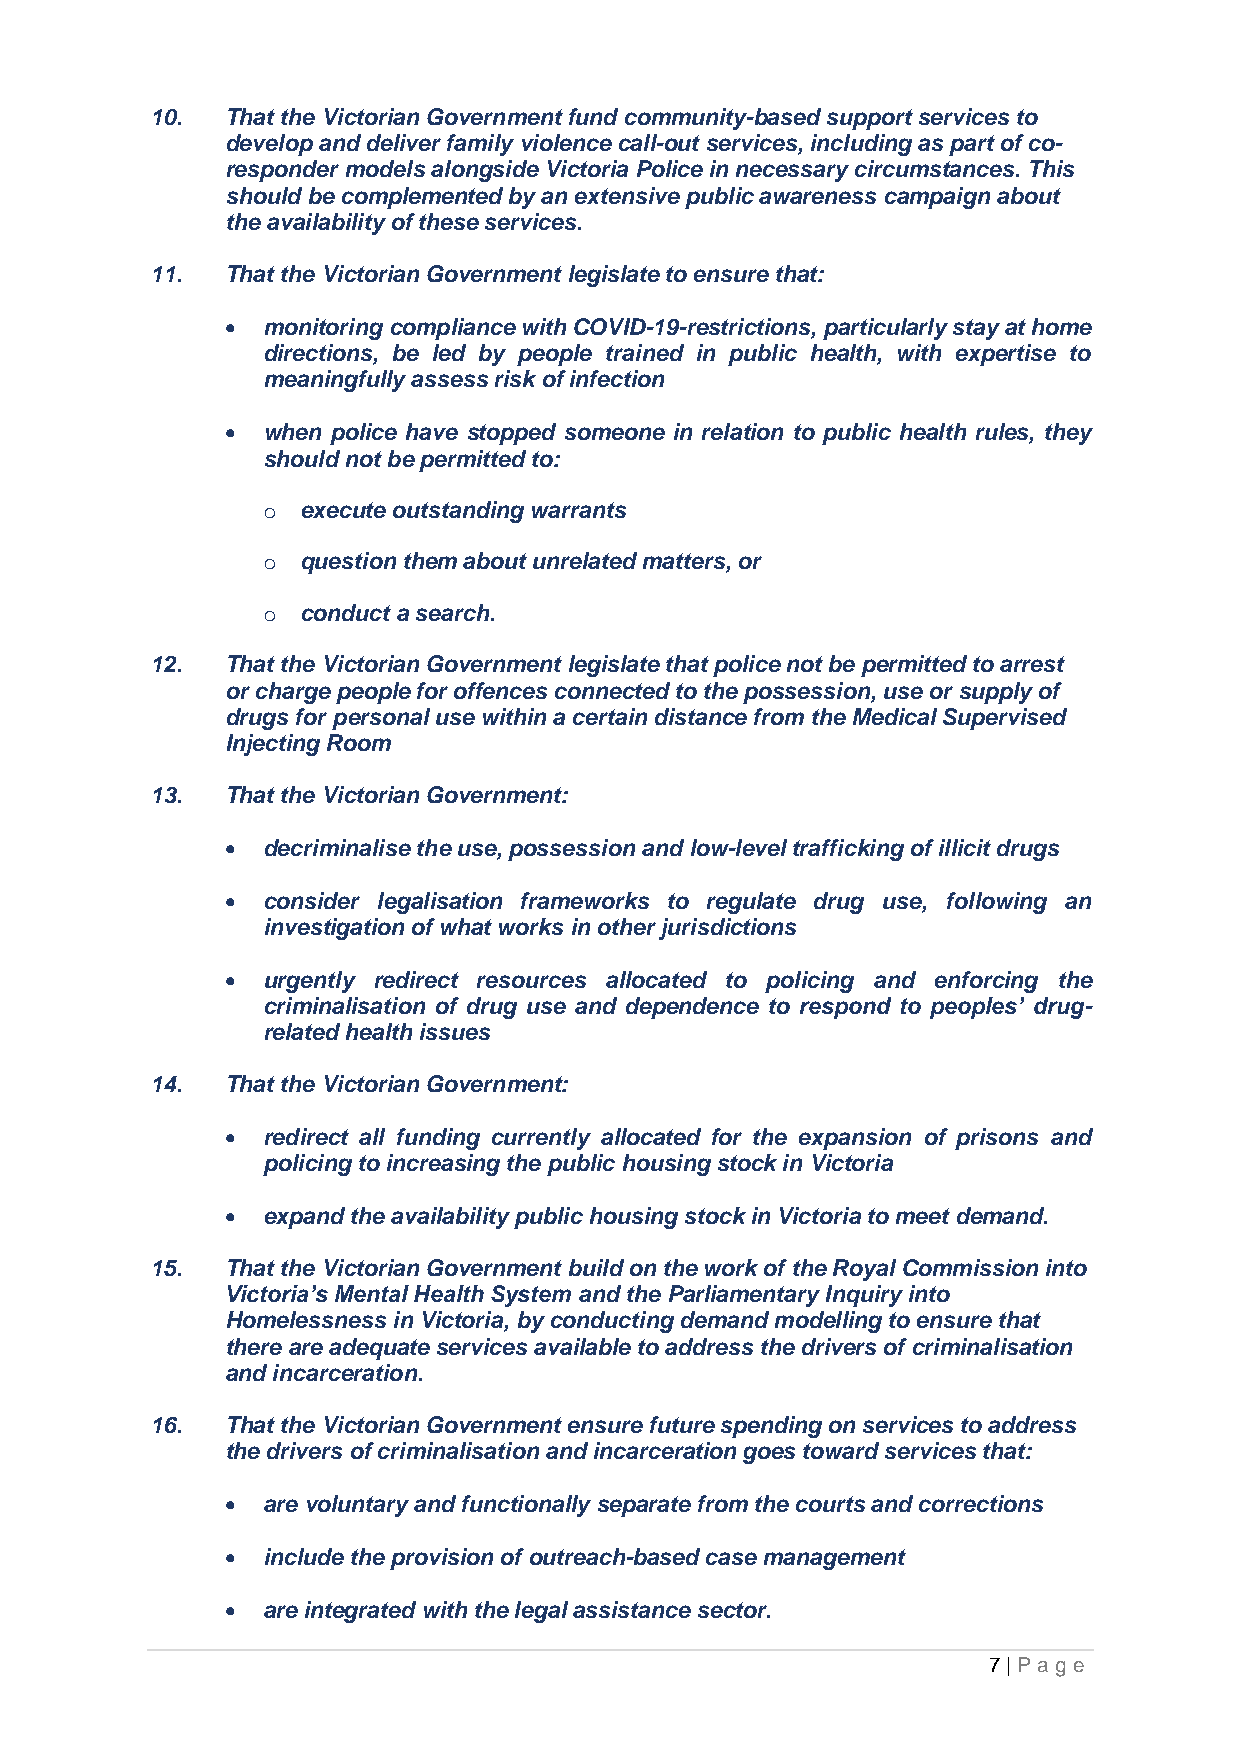
10.  That the Victorian Government fund community-based support services to
 develop and deliver family violence call-out services, including as part of co-
 responder models alongside Victoria Police in necessary circumstances. This
 should be complemented by an extensive public awareness campaign about
 the availability of these services.
 11.  That the Victorian Government legislate to ensure that:
 • monitoring compliance with COVID-19-restrictions, particularly stay at home
 directions, be led by people trained in public health, with expertise to
 meaningfully assess risk of infection
 • when police have stopped someone in relation to public health rules, they
 should not be permitted to:
 o  execute outstanding warrants
 o  question them about unrelated matters, or
 o  conduct a search.
 12.  That the Victorian Government legislate that police not be permitted to arrest
 or charge people for offences connected to the possession, use or supply of
 drugs for personal use within a certain distance from the Medical Supervised
 Injecting Room
 13.  That the Victorian Government:
 • decriminalise the use, possession and low-level trafficking of illicit drugs
 • consider legalisation frameworks to regulate drug use, following an
 investigation of what works in other jurisdictions
 • urgently redirect resources allocated to policing and enforcing the
 criminalisation of drug use and dependence to respond to peoples’ drug-
 related health issues
 14.  That the Victorian Government:
 • redirect all funding currently allocated for the expansion of prisons and
 policing to increasing the public housing stock in Victoria
 • expand the availability public housing stock in Victoria to meet demand.
 15.  That the Victorian Government build on the work of the Royal Commission into
 Victoria’s Mental Health System and the Parliamentary Inquiry into
 Homelessness in Victoria, by conducting demand modelling to ensure that
 there are adequate services available to address the drivers of criminalisation
 and incarceration.
 16.  That the Victorian Government ensure future spending on services to address
 the drivers of criminalisation and incarceration goes toward services that:
 • are voluntary and functionally separate from the courts and corrections
 • include the provision of outreach-based case management
 • are integrated with the legal assistance sector.
 7 | Pa ge